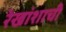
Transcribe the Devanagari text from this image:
रेखांशाची